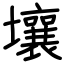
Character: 壤